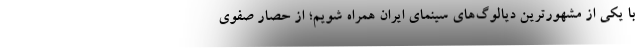
با یکی از مشهورترین دیالوگ‌های سینمای ایران همراه شویم؛ از حصار صفوی